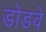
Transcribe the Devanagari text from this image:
डोडवे